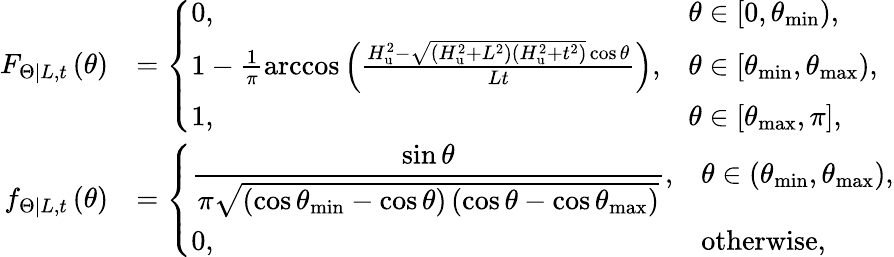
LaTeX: \begin{array}{rl}{F_{\left.\Theta\right|L,t}\left(\theta\right)}&{=\left\{ \begin{array}{ll}{0,}&{\theta\in\left[0,\theta_{\operatorname*{min}}\right),}\\ {1-\frac{1}{\pi}\operatorname{arccos}\left(\frac{H_{\mathrm{u}}^{2}-\sqrt{\left(H_{\mathrm{u}}^{2}+L^{2}\right)\left(H_{\mathrm{u}}^{2}+t^{2}\right)}\cos\theta}{Lt}\right),}&{\theta\in\left[\theta_{\operatorname*{min}},\theta_{\operatorname*{max}}\right),}\\ {1,}&{\theta\in\left[\theta_{\operatorname*{max}},\pi\right],}\end{array}\right.}\\ {f_{\left.\Theta\right|L,t}\left(\theta\right)}&{=\left\{ \begin{array}{ll}{\displaystyle\frac{\sin\theta}{\pi\sqrt{\left(\cos\theta_{\operatorname*{min}}-\cos\theta\right)\left(\cos\theta-\cos\theta_{\operatorname*{max}}\right)}},}&{\theta\in\left(\theta_{\operatorname*{min}},\theta_{\operatorname*{max}}\right),}\\ {0,}&{\mathrm{otherwise},}\end{array}\right.}\end{array}